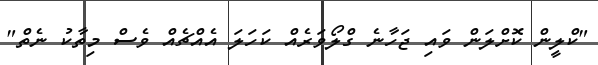
"ކްލީން ކޮށްލަން ވައި ޖަހާނެ ގްލޯވަރެއް ކަހަލަ އެއްޗެއް ވެސް މިތާކު ނެތް"